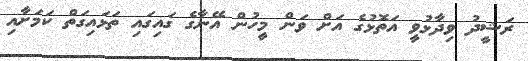
ރަޝީދު ވިދާޅުވީ އަތޮޅުގެ އަށް ވަން މީހުން އޭނާގެ ގައިގައި ތަޅައިގަތް ކަމަށާއި